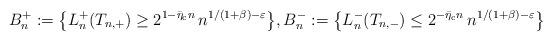
LaTeX: \begin{align*}B_{n}^{+}:=\bigl\{L_{n}^{+}(T_{n,+})\geq2^{1-\bar{\eta}_{\mathrm{c}}n}\,n^{1/(1+\beta)-\varepsilon}\bigr\},B_{n}^{-}:=\bigl\{L_{n}^{-}(T_{n,-})\leq2^{-\bar{\eta}_{\mathrm{c}}n}\,n^{1/(1+\beta)-\varepsilon}\bigr\}\end{align*}